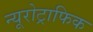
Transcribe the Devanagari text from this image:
न्यूरोट्राफिक